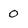
Character: 0